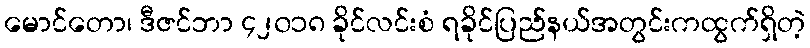
မောင်တော၊ ဒီဇင်ဘာ ၄၂၀၁၈ ခိုင်လင်းစံ ရခိုင်ပြည်နယ်အတွင်းကထွက်ရှိတဲ့